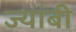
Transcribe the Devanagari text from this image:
ज्यांबी